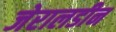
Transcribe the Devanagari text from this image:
जेरालडीन